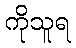
ကိုသူရ